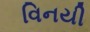
વિનયી